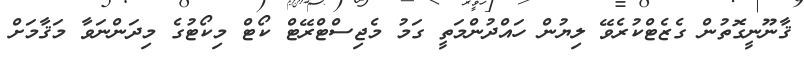
ޤާނޫނީގޮތުން ގެޒެޓްކުރެވޭ ލިޔުން ހައްދުންމަތީ ގަމު މެޖިސްޓްރޭޓް ކޯޓް މިކޯޓުގެ މިދަންނަވާ މަޤާމަށް